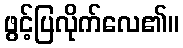
ဖွင့်ပြလိုက်လေ၏။